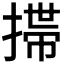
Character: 𢲄